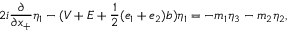
2 i \frac { \partial } { \partial x _ { + } } { \eta } _ { 1 } - ( V + E + \frac { 1 } { 2 } ( e _ { 1 } + e _ { 2 } ) b ) { \eta } _ { 1 } = - m _ { 1 } { \eta } _ { 3 } - m _ { 2 } { \eta } _ { 2 } ,